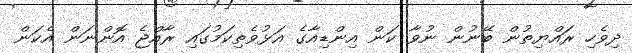
ދިވެހި ރައްޔިތުން ބޭނުން ނުވާ ކަން އިންޑިއާގެ އަޅުވެތިކަމުގައި ރާއްޖެ އޮންނަން އެކަން